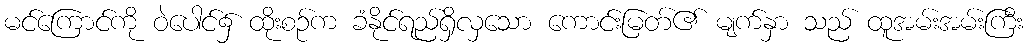
မင်ကြောင်ကို ဝဲပေါင်၌ ထိုးစဉ်က ခံနိုင်ရည်ရှိလှသော ကောင်းမြတ်၏ မျက်နှာ သည် ထူအမ်းအမ်းကြီး